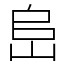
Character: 峊